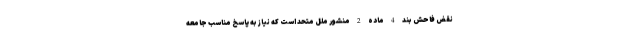
نقض فاحش بند 4 ماده 2 منشور ملل متحد است که نیاز به پاسخ مناسب جامعه